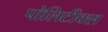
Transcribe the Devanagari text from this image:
पोलिटीक्स